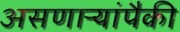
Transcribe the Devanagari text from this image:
असणाऱ्यांपैकी